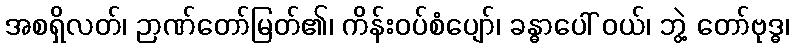
အစရှိလတ်၊ ဉာဏ်တော်မြတ်၏၊ ကိန်းဝပ်စံပျော်၊ ခန္ဓာပေါ် ဝယ်၊ ဘွဲ့ တော်ဗုဒ္ဓ၊